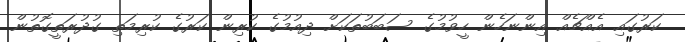
ކަރުގައި އެއްޗެއް އިންނަހެން ހީވުމުގެ ސަބަބުތަކަށް ދިއުމުގެ ކުރިން ކަރުގެ ކުރިމަތި ގުދުރަތީގޮތުން